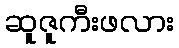
ဆူဇူကီးဖလား